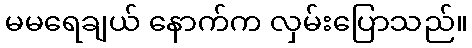
မမရေချယ် နောက်က လှမ်းပြောသည်။